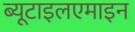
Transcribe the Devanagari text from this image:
ब्यूटाइलएमाइन